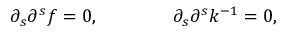
\partial _ { s } \partial ^ { s } f = 0 , \ \ \ \ \ \ \ \ \ \ \ \ \partial _ { s } \partial ^ { s } k ^ { - 1 } = 0 ,